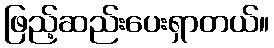
ဖြည့်ဆည်းပေးရှာတယ်။